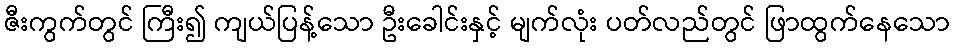
ဇီးကွက်တွင် ကြီး၍ ကျယ်ပြန့်သော ဦးခေါင်းနှင့် မျက်လုံး ပတ်လည်တွင် ဖြာထွက်နေသော